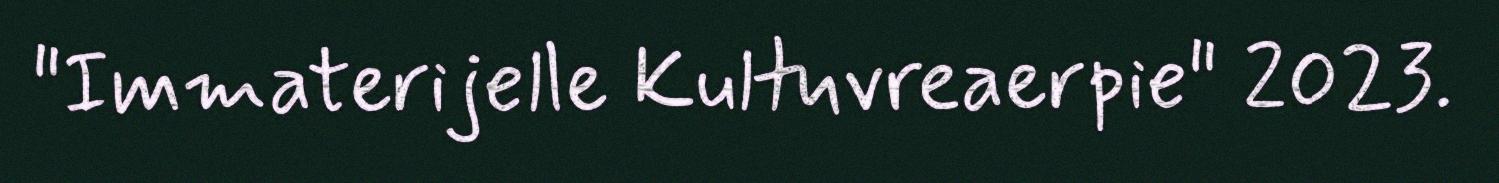
"Immaterijelle Kultuvreaerpie" 2023.